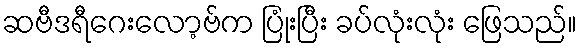
ဆဗီဒရီဂေးလော့ဗ်က ပြုံးပြီး ခပ်လုံးလုံး ဖြေသည်။